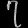
Digit: ၇